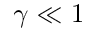
\gamma \ll 1